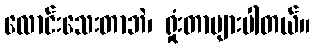
လောင်းသေးတာဘဲ၊ ရှုံးတာများပါတယ်။